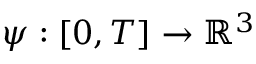
\psi : [ 0 , T ] \rightarrow \mathbb { R } ^ { 3 }